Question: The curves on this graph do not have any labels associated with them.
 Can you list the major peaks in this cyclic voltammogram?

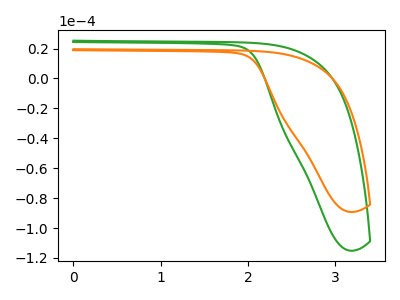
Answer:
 <answer>The green curve "green" has no peaks. The orange curve "orange" has no peaks.</answer>
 <eval></eval>